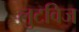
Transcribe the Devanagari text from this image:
लुटविज